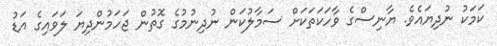
ކަމަކު ނުދިޔައެވެ. ޔާނިސްގެ ވާހަކަތަކަށް ސަމާލުކަން ނުދިނުމުގެ ގޮތުން ޖަހަމުންދިޔަ ލަވައިގެ އަޑު